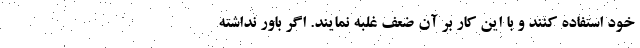
خود استفاده کنند و با این کار بر آن ضعف غلبه نمایند. اگر باور نداشته